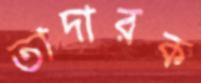
তাদারক